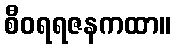
စီဝရရဇနကထာ။